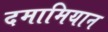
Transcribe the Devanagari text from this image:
दमामियान